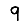
Digit: 9